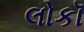
લોકૉ